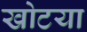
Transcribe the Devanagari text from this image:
खोटया